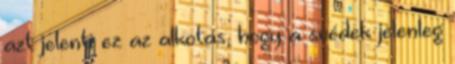
azt jelenti ez az alkotás, hogy a svédek jelenleg